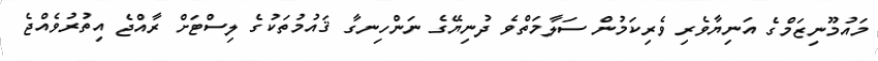
މައުމޫނިޒަމްގެ އަނިޔާވެރި ވެރިކަމުން ސަލާމަތްވެ ދުނިޔޭގެ ނަންހިނގާ ޤައުމުތަކުގެ ލިސްޓަށް ރާއްޖެ އިތުރުވެއްޖެ